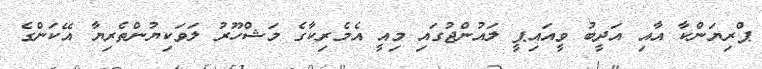
ޕްރިޔަންކާ އާއި އަދީބު ވީއައިޕީ ލައުންޖުގައި މިއީ އެމެރިކާގެ މަޝްހޫރު ލަވަކިޔުންތެރިޔާ އޭކަންގެ